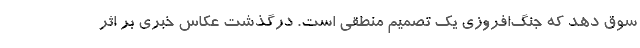
سوق دهد که جنگ‌افروزی یک تصمیم منطقی است. درگذشت عکاس خبری بر اثر